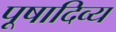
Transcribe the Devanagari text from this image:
पूषादिव्य